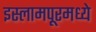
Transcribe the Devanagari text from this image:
इस्लामपूरमध्ये